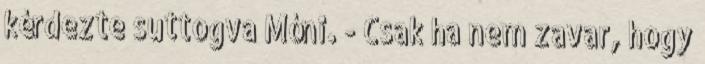
kérdezte suttogva Móni. - Csak ha nem zavar, hogy